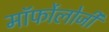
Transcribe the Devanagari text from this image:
मॉर्फोलोजी